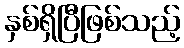
နှစ်ရှိပြီဖြစ်သည့်